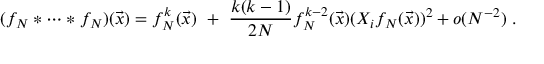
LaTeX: ( f _ { N } * \dots * f _ { N } ) ( \vec { x } ) = f _ { N } ^ { k } ( \vec { x } ) \ + \ \frac { k ( k - 1 ) } { 2 N } f _ { N } ^ { k - 2 } ( \vec { x } ) ( X _ { i } f _ { N } ( \vec { x } ) ) ^ { 2 } + o ( N ^ { - 2 } ) \ .